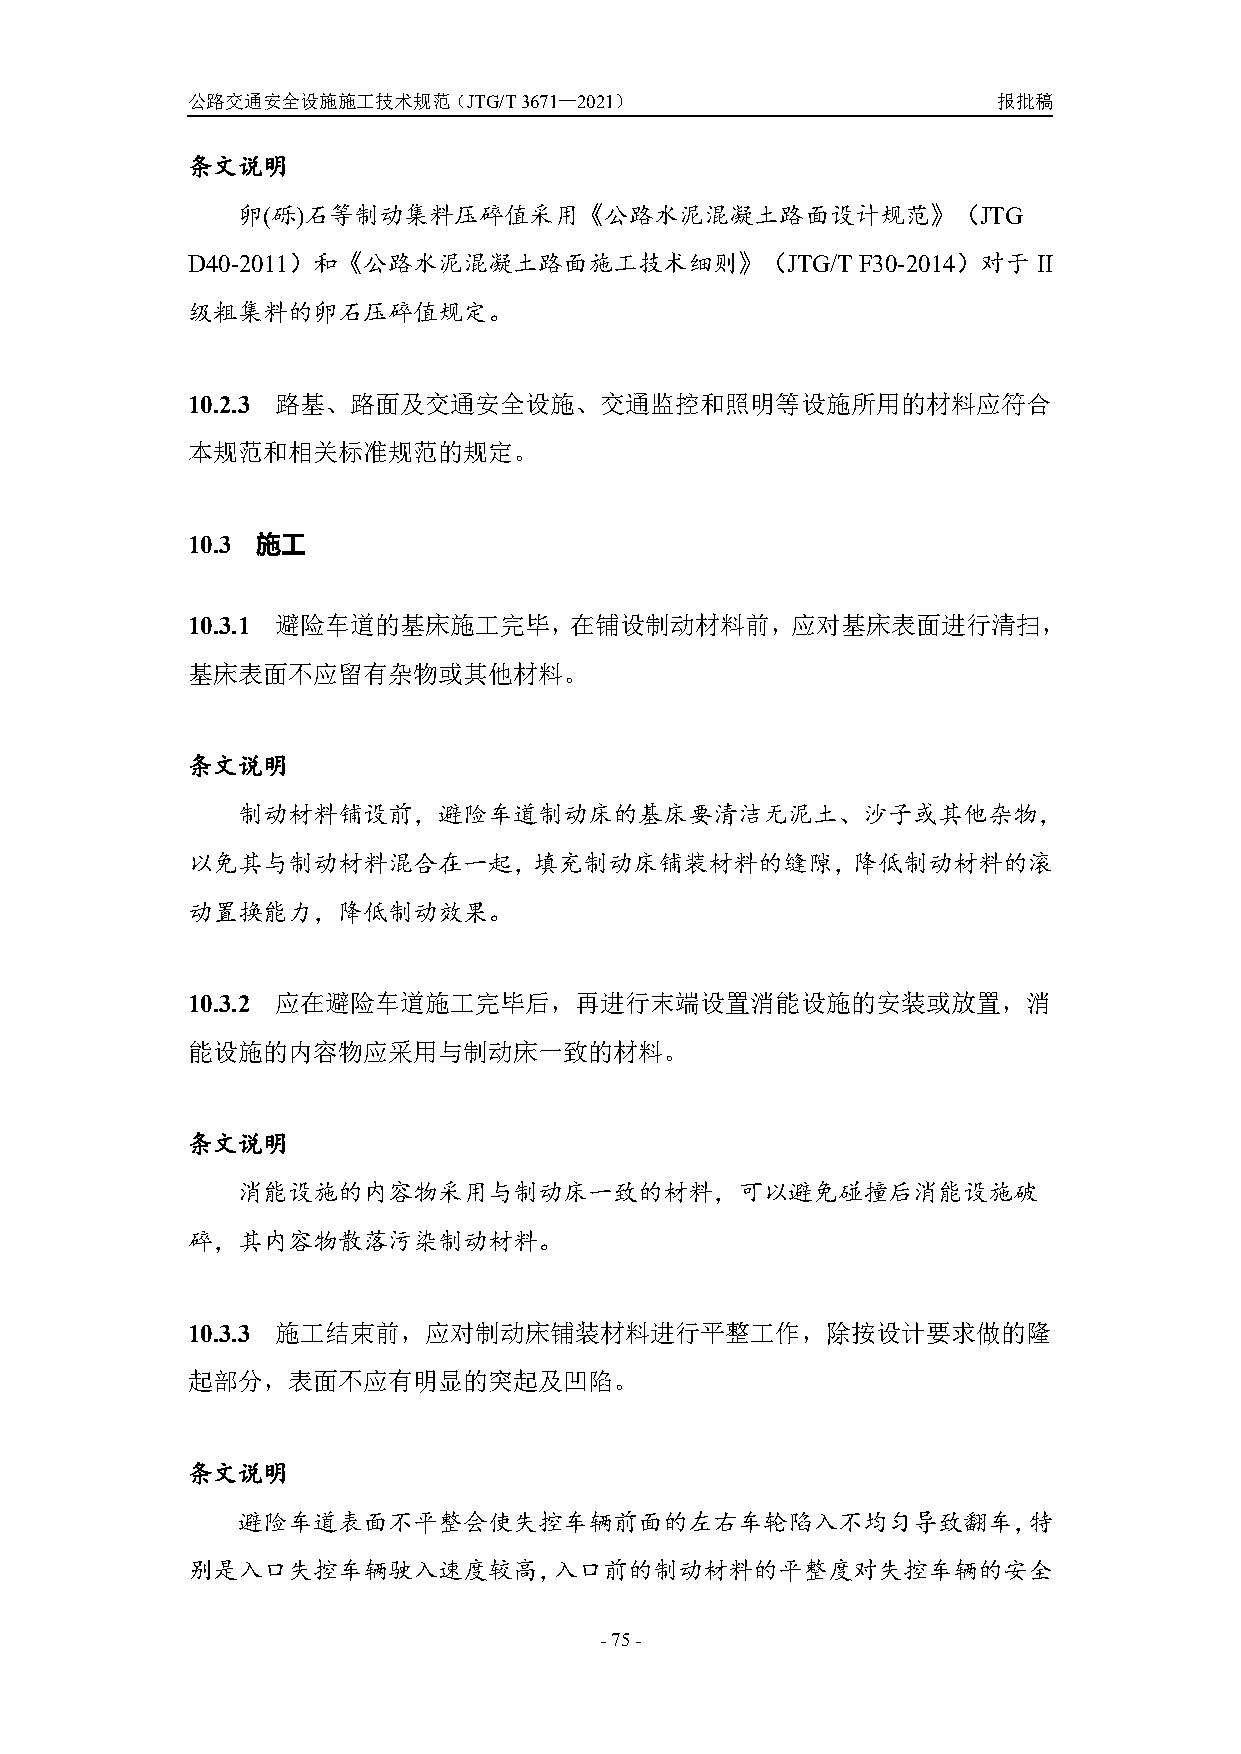
公路交通安全设施施工技术规范（JTG/T3671—2021）                        报批稿
 条文说明
 卵(砾)石等制动集料压碎值采用《公路水泥混凝土路面设计规范》（JTG
 D40-2011）和《公路水泥混凝土路面施工技术细则》（JTG/T            F30-2014）对于II
 级粗集料的卵石压碎值规定。
 10.2.3 路基、路面及交通安全设施、交通监控和照明等设施所用的材料应符合
 本规范和相关标准规范的规定。
 10.3 施工
 10.3.1 避险车道的基床施工完毕，在铺设制动材料前，应对基床表面进行清扫，
 基床表面不应留有杂物或其他材料。
 条文说明
 制动材料铺设前，避险车道制动床的基床要清洁无泥土、沙子或其他杂物，
 以免其与制动材料混合在一起，填充制动床铺装材料的缝隙，降低制动材料的滚
 动置换能力，降低制动效果。
 10.3.2 应在避险车道施工完毕后，再进行末端设置消能设施的安装或放置，消
 能设施的内容物应采用与制动床一致的材料。
 条文说明
 消能设施的内容物采用与制动床一致的材料，可以避免碰撞后消能设施破
 碎，其内容物散落污染制动材料。
 10.3.3 施工结束前，应对制动床铺装材料进行平整工作，除按设计要求做的隆
 起部分，表面不应有明显的突起及凹陷。
 条文说明
 避险车道表面不平整会使失控车辆前面的左右车轮陷入不均匀导致翻车，特
 别是入口失控车辆驶入速度较高，入口前的制动材料的平整度对失控车辆的安全
 -75-